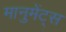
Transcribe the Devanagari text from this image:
मानुमेंट्स